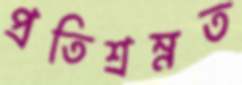
প্রতিশ্রম্নত